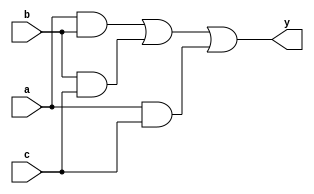
module majority_circuit_dig(
    input a, input b, input c,
    output y
    );
    assign y = (a&b) | (b&c) | (a&c);
endmodule